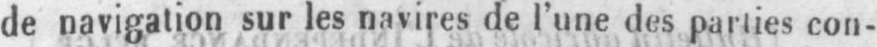
de navigation sur les navires de l’une des parties con-